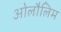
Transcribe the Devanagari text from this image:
ओलौलिम